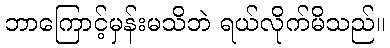
ဘာကြောင့်မှန်းမသိဘဲ ရယ်လိုက်မိသည်။